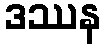
ဒဿန